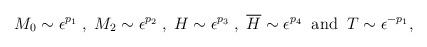
LaTeX: \begin{align*}M_{0} \sim \epsilon^{p_{1}}\; ,\; M_{2} \sim \epsilon^{p_{2}}\;,\; H \sim \epsilon^{p_{3}}\;,\;\overline{H} \sim \epsilon^{p_{4}}\;\;\mbox{and}\;\; T \sim \epsilon^{-p_{1}} ,\end{align*}